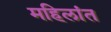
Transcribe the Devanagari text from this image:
महिलांत